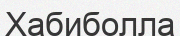
Хабиболла